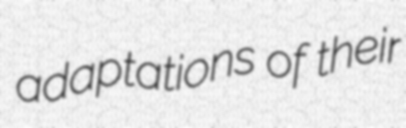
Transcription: adaptations of their